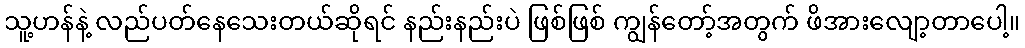
သူ့ဟန်နဲ့ လည်ပတ်နေသေးတယ်ဆိုရင် နည်းနည်းပဲ ဖြစ်ဖြစ် ကျွန်တော့်အတွက် ဖိအားလျော့တာပေါ့။